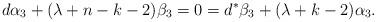
LaTeX: \begin{align*}d\alpha_3 + (\lambda+n-k-2)\beta_3=0=d^\ast\beta_3 + (\lambda+k-2)\alpha_3.\end{align*}